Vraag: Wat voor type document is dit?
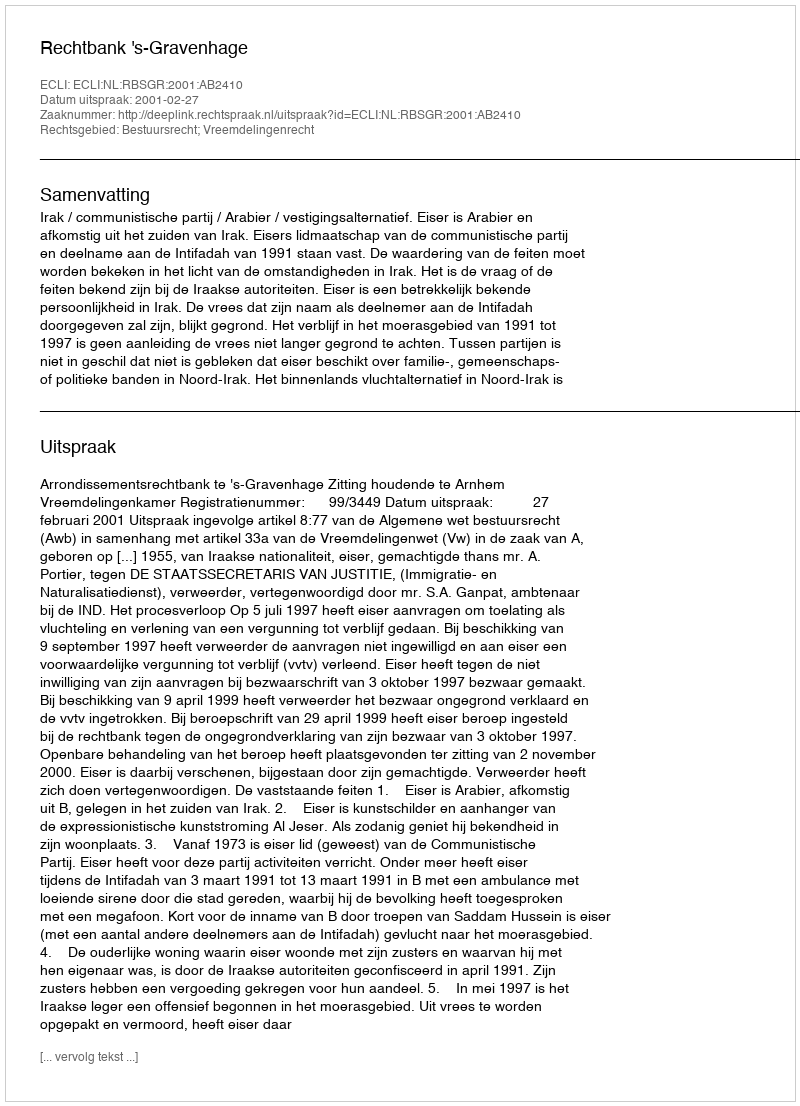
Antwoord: Uitspraak